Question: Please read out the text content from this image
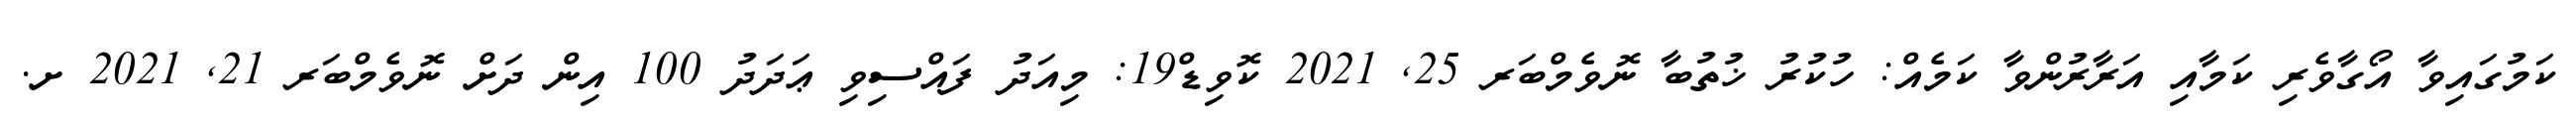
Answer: ކަމުގައިވާ އޯގާވެރި ކަމާއި އަރާރުންވާ ކަމެއް: ހުކުރު ޚުތުބާ ނޮވެމްބަރ 25, 2021 ކޮވިޑް19: މިއަދު ފައްސިވި ޢަދަދު 100 އިން ދަށް ނޮވެމްބަރ 21, 2021 ށ.